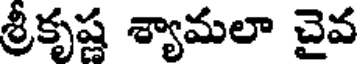
శ్రీకృష్ణ శ్యామలా చైవ